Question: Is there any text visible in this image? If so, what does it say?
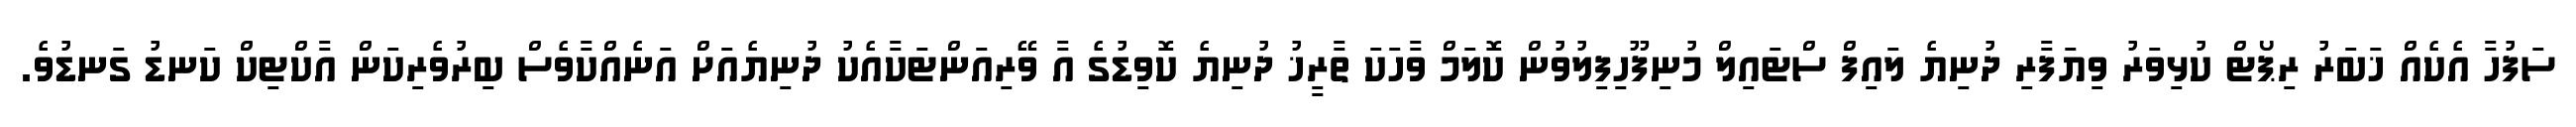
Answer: ސަފުހާ އެކެއް ޚަބަރު ރިޕޯޓް ކުޅިވަރު ވިޔަފާރި ދުނިޔެ ލައިފް ސްޓައިލް މުނިފޫހިފިލުވުން ކޮލަމް ވާހަކަ ތާރީޚު ދުނިޔެ ކޮވިޑުގެ އާ ވޭރިއަންޓަކާއެކު ދުނިޔެއަށް އަނެއްކާވެސް ބިރުވެރިކަން އާކްޓިކް ކަނޑު ގަނޑުވެ.